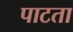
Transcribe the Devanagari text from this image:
पाटता